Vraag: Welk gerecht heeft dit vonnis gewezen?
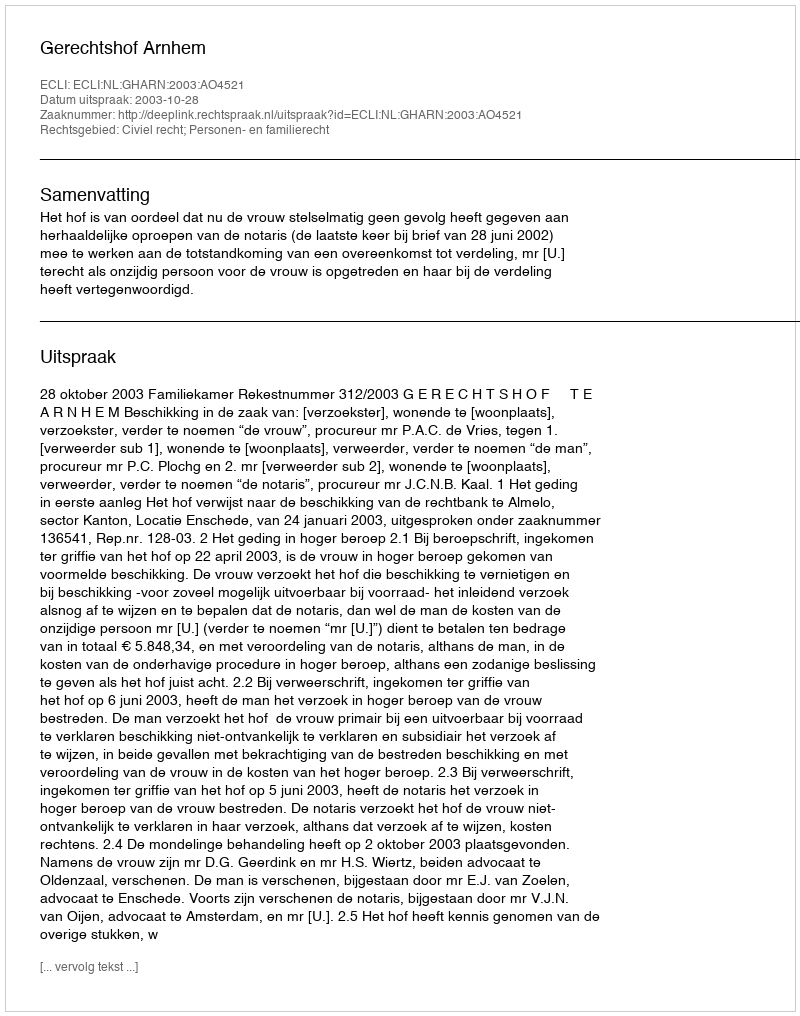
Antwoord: Gerechtshof Arnhem